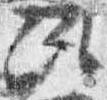
次